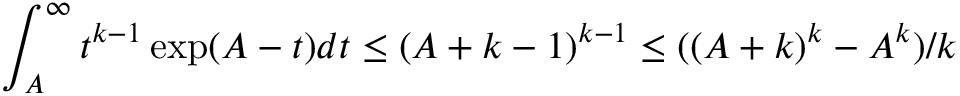
\int _ { A } ^ { \infty } t ^ { k - 1 } \exp ( A - t ) d t \leq ( A + k - 1 ) ^ { k - 1 } \leq ( ( A + k ) ^ { k } - A ^ { k } ) / k